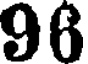
96